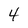
Character: 4